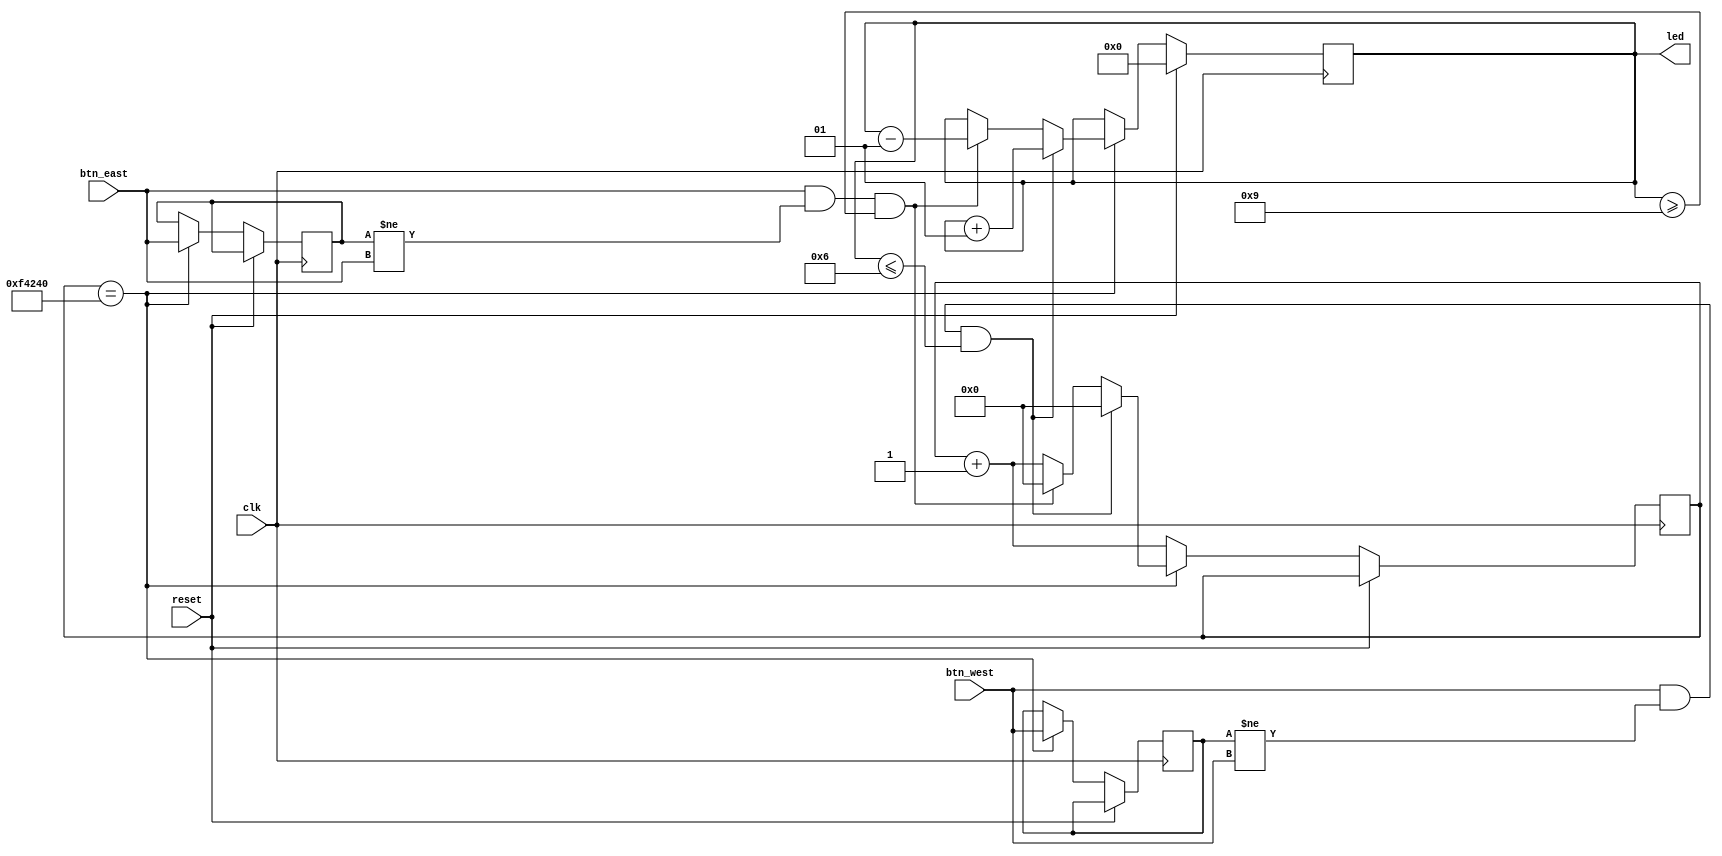
`timescale 1ns / 1ps
//////////////////////////////////////////////////////////////////////////////////
// Company: 
// Engineer: 
// 
// Design Name: 
// Module Name:    lab 
// Project Name: 
// Target Devices: 
// Tool versions: 
// Description: 
//
// Dependencies: 
//
// Revision: 
// Revision 0.01 - File Created
// Additional Comments: 
//
//////////////////////////////////////////////////////////////////////////////////
module lab(
    input clk,
    input reset,
    input btn_east,
    input btn_west,
    output reg signed[7:0] led
    );
	 reg [15:0] num;
	 reg [20:0] cnt;
	 reg downw,downe;


	 
	 always@(posedge clk)begin
		if(reset==1)begin
			led<=0;
			
		end
		else begin
			cnt<=cnt+1;
			
			if(cnt==1000000)begin
			downe<=btn_east;
			downw<=btn_west;
				if(btn_west==1&&downw!=btn_west&&led<=6)begin
					  led<=led+1;
					  cnt<=0;
				end
				else if(btn_east==1&&downe!=btn_east&&led>=-7)begin
					  led<=led-1;
					  cnt<=0;
				end
			end
		end
		
		
		
		end


endmodule